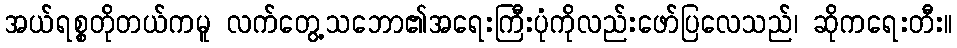
အယ်ရစ္စတိုတယ်ကမူ လက်တွေ့သဘော၏အရေးကြီးပုံကိုလည်းဖော်ပြလေသည်၊ ဆိုကရေးတီး။